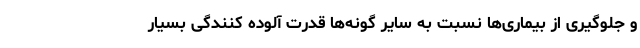
و جلوگیری از بیماری‌ها نسبت به سایر گونه‌ها قدرت آلوده کنندگی بسیار